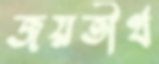
জয়তীর্থ